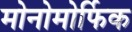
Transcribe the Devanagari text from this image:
मोनोमोर्फिक